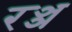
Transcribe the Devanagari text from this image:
रञ्ञ